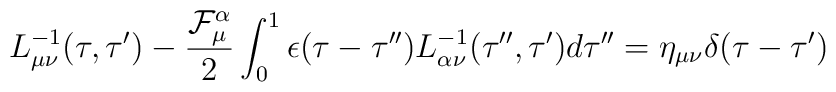
L_{\mu\nu}^{-1}(\tau,\tau^{\prime})      -\frac{{\cal F}_{\mu}^{\alpha}}{2}      \int_{0}^1\epsilon(\tau-\tau^{\prime\prime})      L_{\alpha\nu}^{-1}      (\tau^{\prime\prime},\tau^{\prime})d\tau^{\prime\prime}      =\eta_{\mu\nu}\delta(\tau-\tau^{\prime})